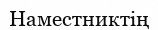
Наместниктің